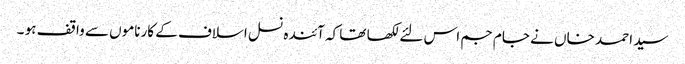
سید احمد خاں نے جام جم اس لئے لکھا تھا کہ آئندہ نسل اسلاف کے کارناموں سے واقف ہو ۔